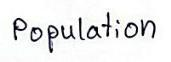
Population